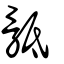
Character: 骶